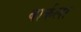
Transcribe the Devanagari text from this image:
बार्कला